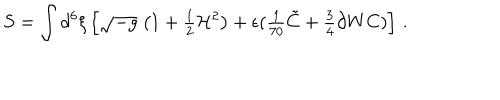
LaTeX: S = \int d ^ { 6 } \xi \left[ \sqrt { - g } \ \bigl ( 1 + { \textstyle \frac { 1 } { 2 } } { \cal H } ^ { 2 } \bigr ) + \epsilon ( { \textstyle \frac { 1 } { 7 0 } } \tilde { C } + { \textstyle \frac { 3 } { 4 } } \partial W C ) \right] \, .